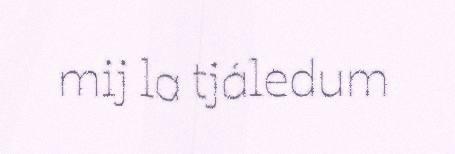
mij la tjáledum